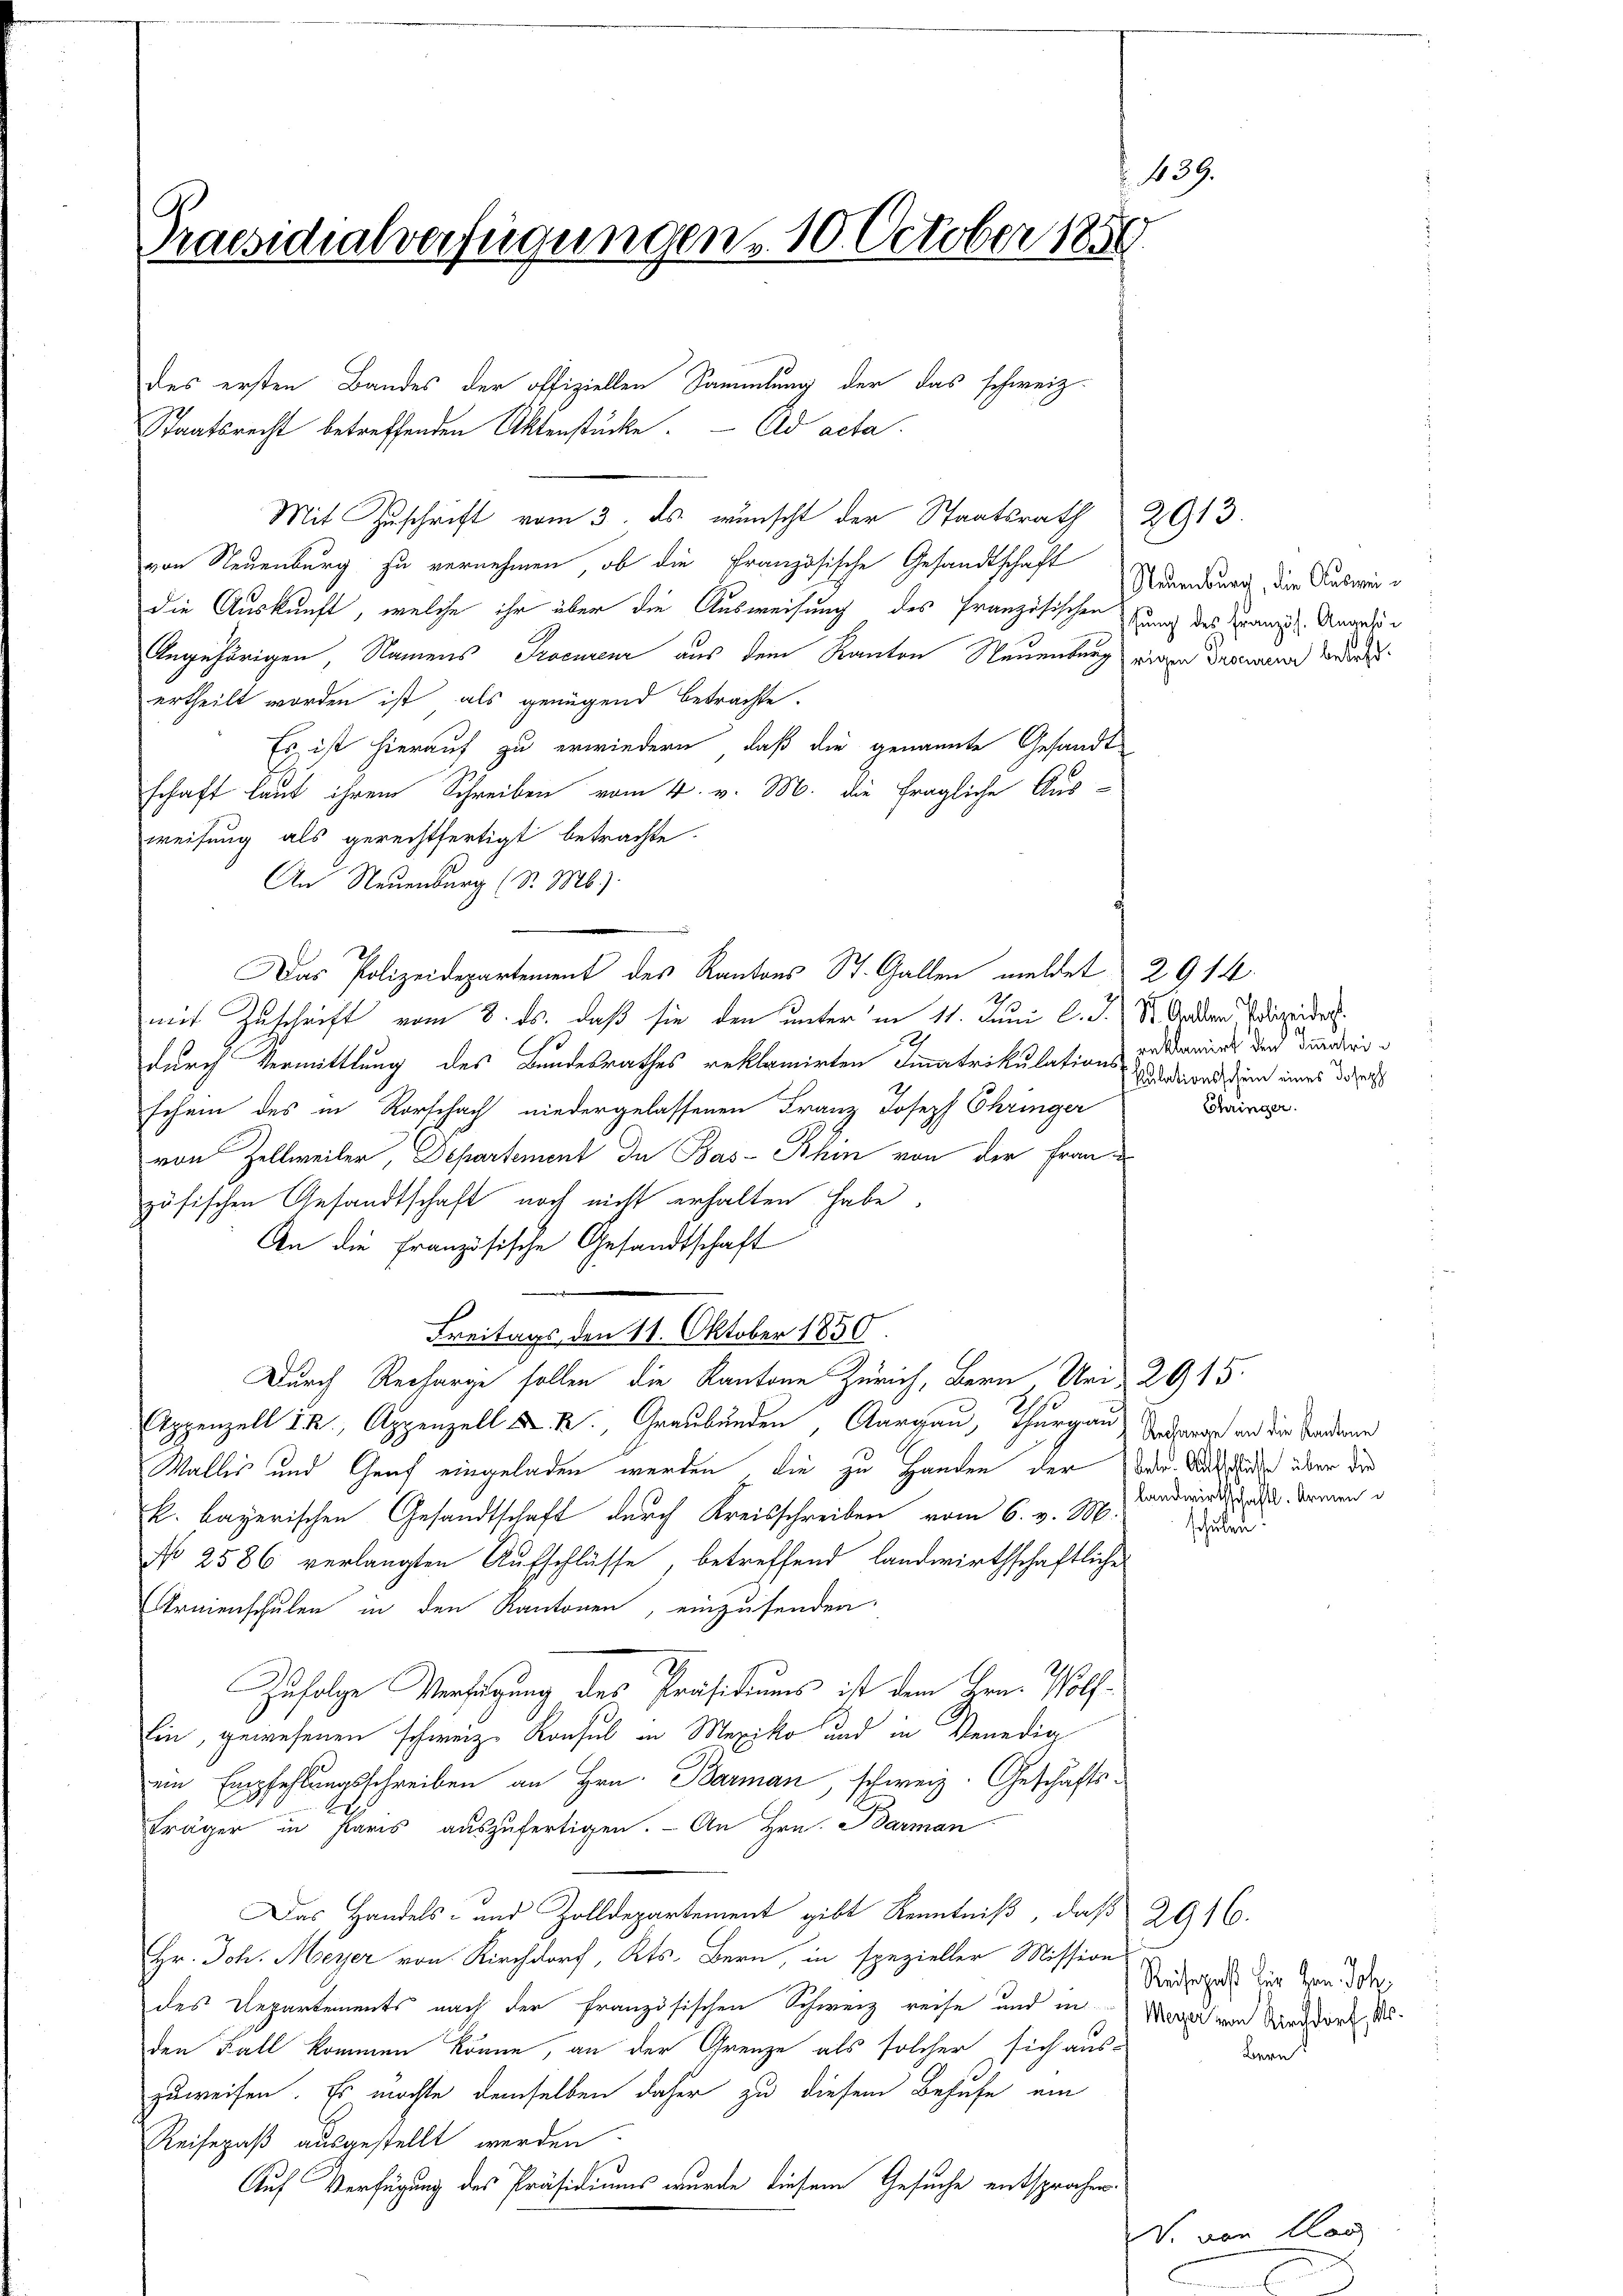
s
Praesidialverfügungen u. 10. October 1859.

Mit Zuschrift vom 3. ds. wünscht der Staatsrath 2913.
von Neuenburg zu vernehmen, ob die Französische Gesandtschaft
die Auskunft, welche ihr über die Ausweisung des Französischen Franz des Kranz Angeli
Angehörigen, Namens Procureur aus dem Kanton Neuenburg einen Descene Bedendesertheilt worden ist, als genügend betrachte.
Es ist hierauf zu erwiedern, daß die genannte Gesandt
schaft laut ihrem Schreiben vom 4. v. M. die fragliche Aus-
weisung als gerechtfertigt betrachte.
An Neuenburg (S. M.)
Das Polizeidepartement des Kantons St. Gallen meldet 2914
mit Zuschrift vom 8. ds. daß sie den unter im 11. Juni l. J. St. Orden Adripide
1
durch Vermittlung des Bundesrathes reklamirten Immatrikulations- und damals der Bunderin
schein des in Rorschach niedergelassenen Franz Joseph Chringer
von Zellweiler, Departement In Bas-Rhin von der Frauzösischen Gesandtschaft noch nicht erhalten habe.
An die Französische Gesandtschaft
Freitags den 11. Oktober 1850.
Durch Recharge sollen die Kantone Zürich, Bern, Uri 2915.
Appenzell IX, Appenzell u. k, Graubünden, Aargau, Thurgau und die Tradieren
Walles und Genf eingeladen werden, die zu Handen der der Sachschaden über die
k. bayerischen Gesandtschaft durch Kreisschreiben vom 6. v. M.
No 2586 verlangten Aufschlüsse, betreffend landwirthschaftliche
Ernienschulen in den Kantonen, einzusenden.
Zufolge Verfügung des Präsidiums ist dem Hrn. Wolf
Ein, gewesenen schweiz. Konsul in Mexiko und in Venedig
ein Empfehlungsschreiben an Hrn. Barman, schweiz. Geschäfts¬
.
Fräger in Paris auszufertigen. - An Hrn. Barman
Das Handels- und Zolldepartement gibt Kenntniß, daß 2916.
Hr. Joh. Meyer von Kirchdorf, Kts. Bern, in spezieller Mission
des Repartements nach der französischen Schweiz reise und in Morden Sandsort s
den Fall kommen könne, an der Grenze als solcher sich aus-
zuweisen. Es möchte demselben daher zu diesem Behufe ein
Reisepaß ausgestellt werden
Auf Verfügung des Präsidiums wurde diesem Gesuche entsprochen.

des ersten Bandes der offiziellen Sammlung der das schweiz.
Staatsrecht betreffenden Aktenstücke. Ad acta.

Neuenburg, die Auswei¬

kulationsschein eines Joseph
Chringer.

landwirtschaftl. Armen

schulen.

Reisepaß für Hrn. Joh.
Bern

V. von las